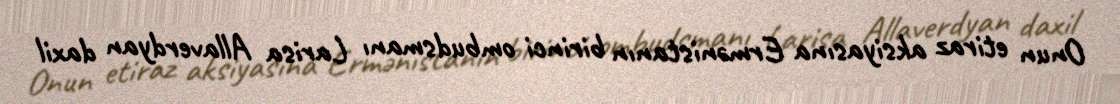
Onun etiraz aksiyasına Ermənistanın birinci ombudsmanı Larisa Allaverdyan daxil